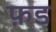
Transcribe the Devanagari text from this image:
फ़ड